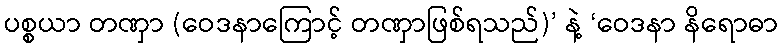
ပစ္စယာ တဏှာ (ဝေဒနာကြောင့် တဏှာဖြစ်ရသည်)’ နဲ့ ‘ဝေဒနာ နိရောဓာ